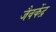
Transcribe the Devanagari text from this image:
जैवकेंद्र